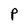
Character: P